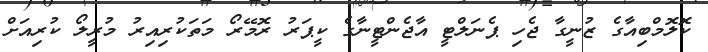
ކޮލޮމްބިއާގެ ޒުނީގާ ޖެހި ޕެނަލްޓީ އާޖެންޓީނާގެ ކީޕަރު ރޮމޭރޯ މަތަކުރިއިރު މުރީލޯ ކުރިއަށް